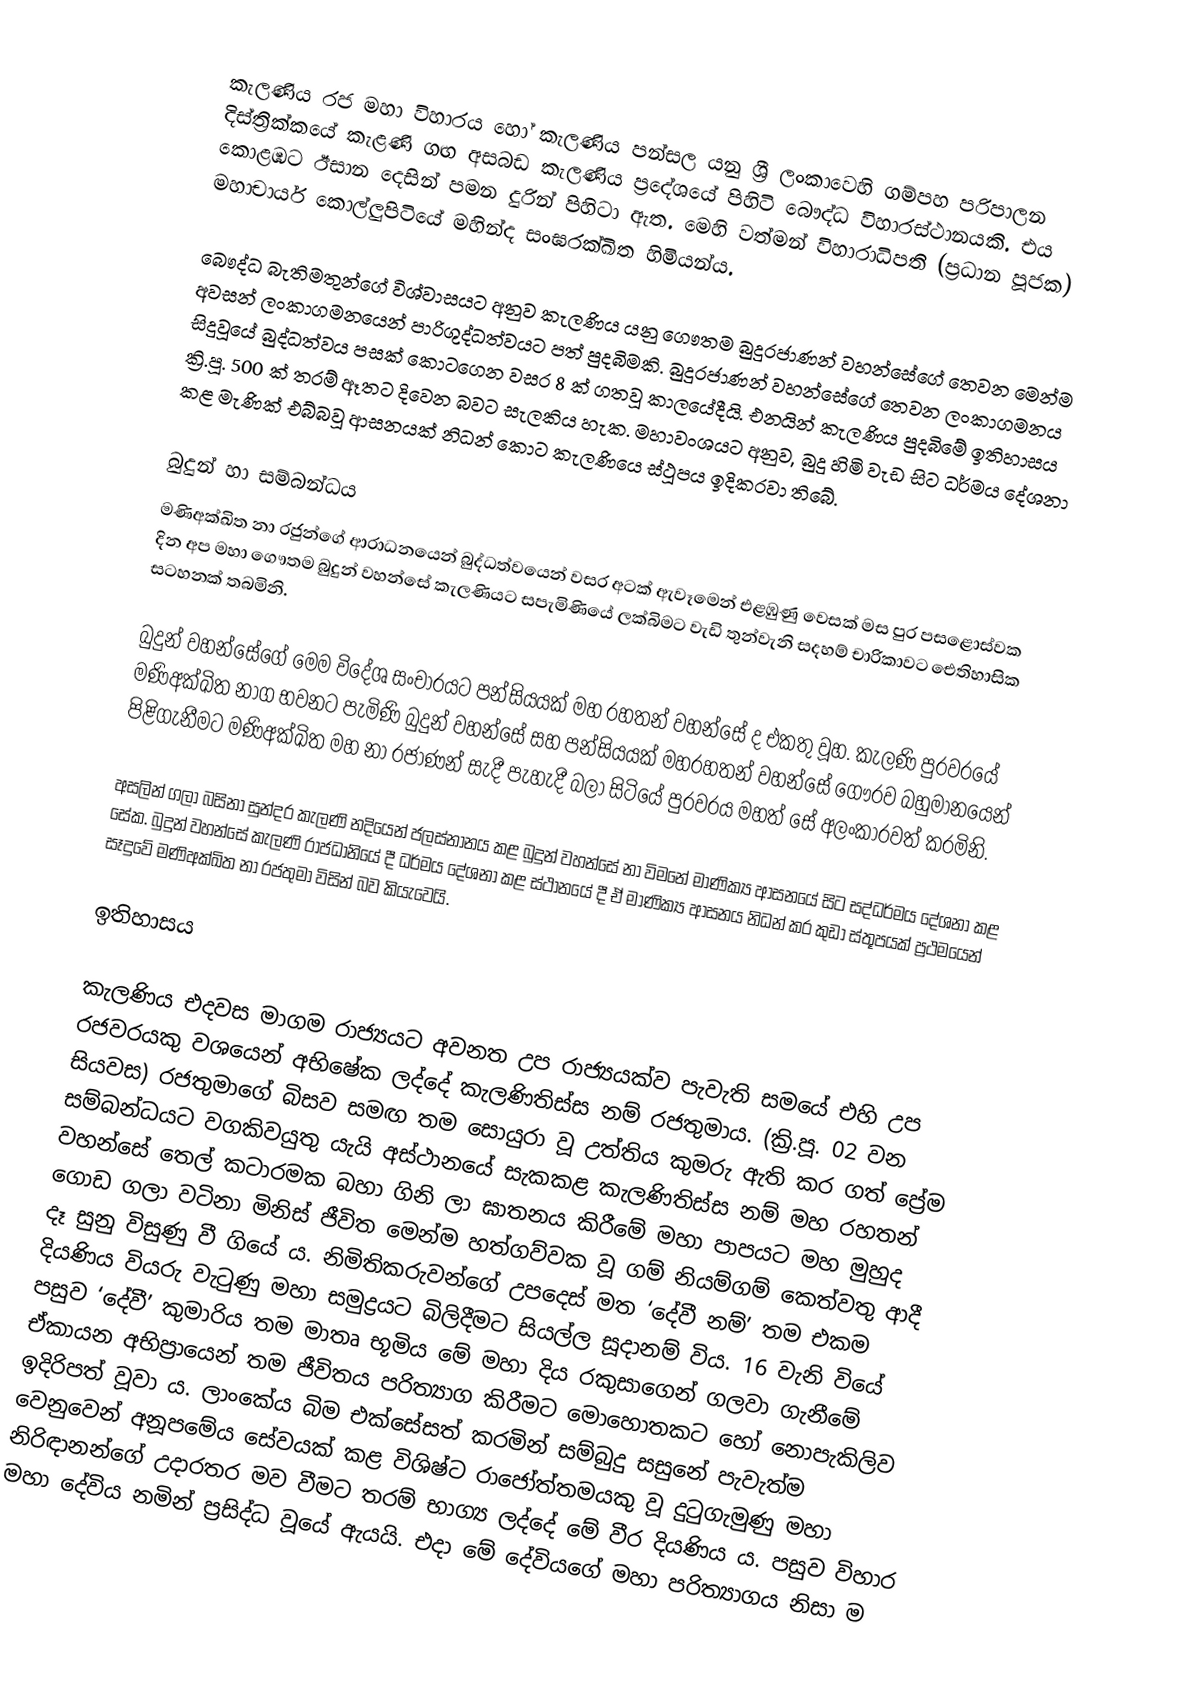
කැලණිය රජ මහා විහාරය හෝ කැලණිය පන්සල යනු ශ්‍රී ලංකාවෙහි ගම්පහ පරිපාලන දිස්ත්‍රික්කයේ කැළණි ගඟ අසබඩ කැලණිය ප්‍රදේශයේ පිහිටි බෞද්ධ විහාරස්ථානයකි. එය කොළඹට ඊසාන දෙසින්  පමන දුරින් පිහිටා ඇත. මෙහි වත්මන් විහාරාධිපති (ප්‍රධාන පූජක) මහාචාර්ය කොල්ලුපිටියේ මහින්ද සංඝරක්ඛිත හිමියන්ය.

බෞද්ධ බැතිමතුන්ගේ විශ්වාසයට අනුව කැලණිය යනු ගෞතම බුදුරජාණන් වහන්සේගේ තෙවන මෙන්ම අවසන් ලංකාගමනයෙන් පාරිශුද්ධත්වයට පත් පුදබිමකි. බුදුරජාණන් වහන්සේගේ තෙවන ලංකාගමනය සිදුවූයේ බුද්ධත්වය පසක් කොටගෙන වසර 8 ක් ගතවූ කාලයේදීයි. එනයින් කැලණිය පුදබිමේ ඉතිහාසය ක්‍රි.පූ. 500 ක් තරම් ඈතට දිවෙන බවට සැලකිය හැක. මහාවංශයට අනුව, බුදු හිමි වැඩ සිට ධර්මය දේශනා කළ මැණික් එබ්බවූ ආසනයක් නිධන් කොට කැලණියෙ ස්ථූපය ඉදිකරවා තිබේ.

බුදුන් හා සම්බන්ධය
මණිඅක්ඛිත නා රජුන්ගේ ආරාධනයෙන් බුද්ධත්වයෙන් වසර අටක් ඇවෑමෙන් එළඹුණු වෙසක් මස පුර පසළොස්වක දින අප මහා ගෞතම බුදුන් වහන්සේ කැලණියට සපැමිණියේ ලක්බිමට වැඩි තුන්වැනි සදහම් චාරිකාවට ඓතිහාසික සටහනක් තබමිනි.

බුදුන් වහන්සේගේ මෙම විදේශ සංචාරයට පන්සියයක් මහ රහතන් වහන්සේ ද එකතු වූහ. කැලණි පුරවරයේ මණිඅක්ඛිත නාග භවනට පැමිණි බුදුන් වහන්සේ සහ පන්සියයක් මහරහතන් වහන්සේ ගෞරව බහුමානයෙන් පිළිගැනීමට මණිඅක්‍ඛිත මහ නා රජාණන් සැදී පැහැදී බලා සිටියේ පුරවරය මහත් සේ අලංකාරවත් කරමිනි.

අසලින් ගලා බසිනා සුන්දර කැලණි නදියෙන් ජලස්නානය කළ බුදුන් වහන්සේ නා විමනේ මාණික්‍ය ආසනයේ සිට සද්ධර්මය දේශනා කළ සේක. බුදුන් වහන්සේ කැලණි රාජධානියේ දී ධර්මය දේශනා කළ ස්ථානයේ දී ඒ මාණික්‍ය ආසනය නිධන් කර කුඩා ස්තූපයක් ප්‍රථමයෙන් සෑදුවේ මණිඅක්‍ඛිත නා රජතුමා විසින් බව කියැවෙයි.

ඉතිහාසය

කැලණිය එදවස මාගම රාජ්‍යයට අවනත උප රාජ්‍යයක්ව පැවැති සමයේ එහි උප රජවරයකු වශයෙන් අභිෂේක ලද්දේ කැලණිතිස්ස නම් රජතුමාය. (ක්‍රි.පූ. 02 වන සියවස) රජතුමාගේ බිසව සමඟ තම සොයුරා වූ උත්තිය කුමරු ඇති කර ගත් ප්‍රේම සම්බන්ධයට වගකිවයුතු යැයි අස්ථානයේ සැකකළ කැලණිතිස්ස නම් මහ රහතන් වහන්සේ තෙල් කටාරමක බහා ගිනි ලා ඝාතනය කිරීමේ මහා පාපයට මහ මුහුද ගොඩ ගලා වටිනා මිනිස් ජීවිත මෙන්ම හත්ගව්වක වූ ගම් නියම්ගම් කෙත්වතු ආදී දෑ සුනු විසුණු වී ගියේ ය. නිමිතිකරුවන්ගේ උපදෙස් මත ‘දේවී නම්’ තම එකම දියණිය වියරු වැටුණු මහා සමුද්‍රයට බිලිදීමට සියල්ල සූදානම් විය. 16 වැනි වියේ පසුව ‘දේවී’ කුමාරිය තම මාතෘ භූමිය මේ මහා දිය රකුසාගෙන් ගලවා ගැනීමේ ඒකායන අභිප්‍රායෙන් තම ජීවිතය පරිත්‍යාග කිරීමට මොහොතකට හෝ නොපැකිලිව ඉදිරිපත් වූවා ය. ලාංකේය බිම එක්සේසත් කරමින් සම්බුදු සසුනේ පැවැත්ම වෙනුවෙන් අනූපමේය සේවයක් කළ විශිෂ්ට රාජෝත්තමයකු වූ දුටුගැමුණු මහා නිරිඳානන්ගේ උදාරතර මව වීමට තරම් භාග්‍ය ලද්දේ මේ වීර දියණිය ය. පසුව විහාර මහා දේවිය නමින් ප්‍රසිද්ධ වූයේ ඇයයි. එදා මේ දේවියගේ මහා පරිත්‍යාගය නිසා ම